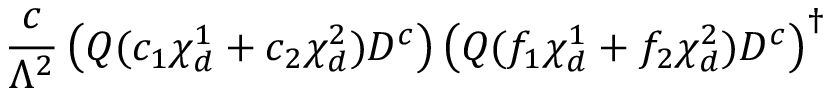
{ \frac { c } { \Lambda ^ { 2 } } } \left( { Q } ( c _ { 1 } \chi _ { d } ^ { 1 } + c _ { 2 } \chi _ { d } ^ { 2 } ) D ^ { c } \right) \left( { Q } ( f _ { 1 } \chi _ { d } ^ { 1 } + f _ { 2 } \chi _ { d } ^ { 2 } ) D ^ { c } \right) ^ { \dagger }